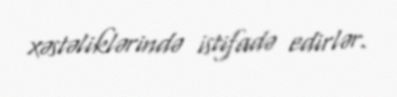
xəstəliklərində istifadə edirlər.